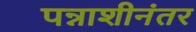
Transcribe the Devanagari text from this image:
पन्नाशीनंतर